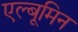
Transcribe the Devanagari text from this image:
एल्बूमिन